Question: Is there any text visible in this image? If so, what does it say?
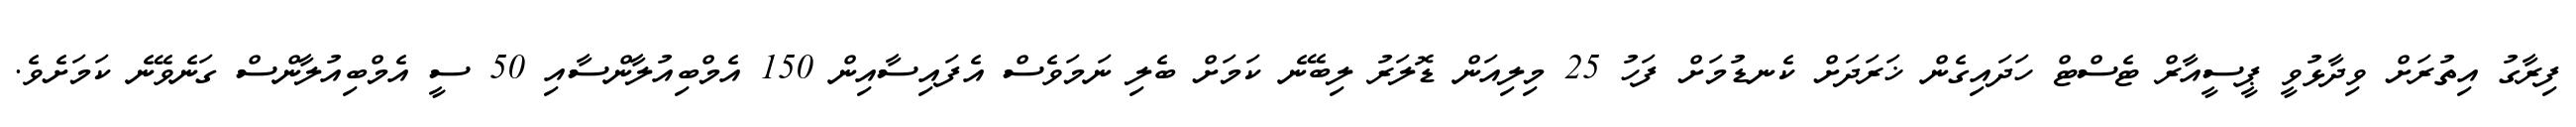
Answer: ފިރާގު އިތުރަށް ވިދާޅުވީ ޕީސީއާރް ޓެސްޓް ހަދައިގެން ޚަރަދަށް ކެނޑުމަށް ފަހު 25 މިލިއަން ޑޮލަރު ލިބޭނެ ކަމަށް ބެލި ނަމަވެސް އެފައިސާއިން 150 އެމްބިއުލާންސާއި 50 ސީ އެމްބިއުލާންސް ގަނެވޭނެ ކަމަށެވެ.